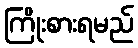
ကြိုးစားရမည်